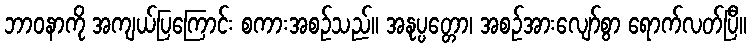
ဘာဝနာကို အကျယ်ပြကြောင်း စကားအစဉ်သည်။ အနုပ္ပတ္တော၊ အစဉ်အားလျော်စွာ ရောက်လတ်ပြီ။